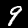
Digit: 9